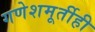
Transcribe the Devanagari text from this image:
गणेशमूर्तीही